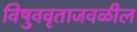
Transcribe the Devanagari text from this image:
विषुववृताजवळील